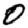
Digit: 0